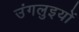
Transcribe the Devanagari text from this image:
उंगलुइयों